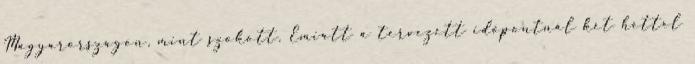
Magyarországon, mint szokott. Emiatt a tervezett időpontnál két héttel